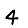
Digit: 4